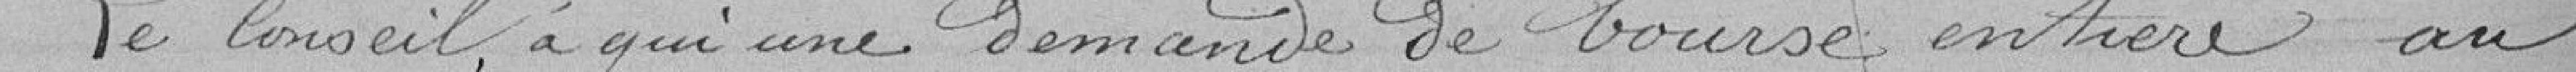
Le Conseil, à qui une demande de bourse entière au